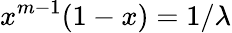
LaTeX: x^{m-1}(1-x)=1/\lambda